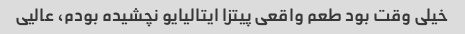
خیلی وقت بود طعم واقعی پیتزا ایتالیایو نچشیده بودم، عالیی